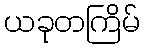
ယခုတကြိမ်